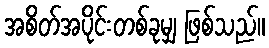
အစိတ်အပိုင်းတစ်ခုမျှ ဖြစ်သည်။